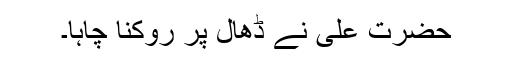
حضرت علیؓ نے ڈھال پر روکنا چاہا۔